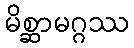
မိစ္ဆာမဂ္ဂဿ